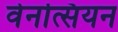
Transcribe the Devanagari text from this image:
वेनत्सियन